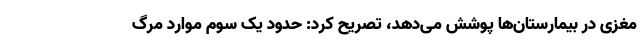
مغزی در بیمارستان‌ها پوشش می‌دهد،‌ تصریح کرد: حدود یک سوم موارد مرگ